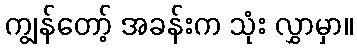
ကျွန်တော့် အခန်းက သုံး လွှာမှာ။